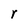
Character: r